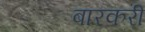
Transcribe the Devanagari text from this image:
बारकरी